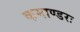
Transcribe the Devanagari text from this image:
कमाण्डरः